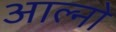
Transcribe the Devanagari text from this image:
आल्नो